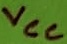
Text: VCC